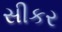
સીકર